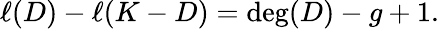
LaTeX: \ell(D)-\ell(K-D)=\deg(D)-g+1.